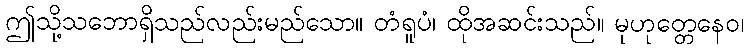
ဤသို့သဘောရှိသည်လည်းမည်သော။ တံရူပံ၊ ထိုအဆင်းသည်။ မုဟုတ္တေနေဝ၊